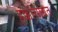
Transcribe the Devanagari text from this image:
हक्कांसोबत